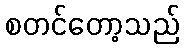
စတင်တော့သည်